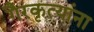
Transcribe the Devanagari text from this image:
गैरकृत्यांना